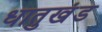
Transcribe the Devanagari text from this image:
धातुखंड